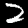
Digit: 2